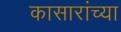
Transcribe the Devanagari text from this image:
कासारांच्या